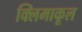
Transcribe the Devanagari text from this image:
क्लिमाकूल